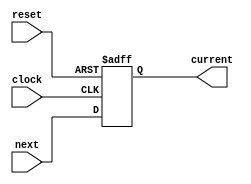
`timescale 1ns / 1ps
//////////////////////////////////////////////////////////////////////////////////
// Company: 
// Engineer: 
// 
// Design Name: 
// Module Name: PCRegister
// Project Name: 
// Target Devices: 
// Tool Versions: 
// Description: 
// 
// Dependencies: 
// 
// Revision:
// Revision 0.01 - File Created
// Additional Comments:
// 
//////////////////////////////////////////////////////////////////////////////////


module PCRegister(
    input reset,
    input clock,
    input [15:0] next,
    output reg [15:0] current
    );
    
    always @ (posedge clock or posedge reset)
    begin
        if (reset)
            current = 0;
        else
            current = next;
    end
endmodule